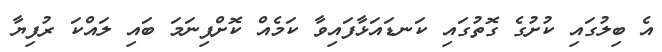
އެ ބިލުގައި ކުށުގެ ގޮތުގައި ކަނޑައަޅާފައިވާ ކަމެއް ކޮށްފިނަމަ ބައި ލައްކަ ރުފިޔާ